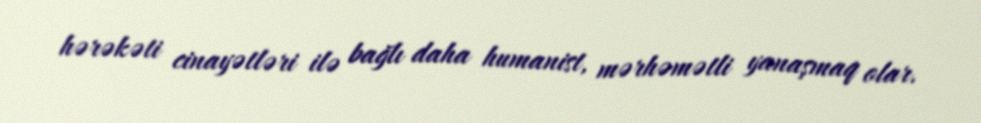
hərəkəti cinayətləri ilə bağlı daha humanist, mərhəmətli yanaşmaq olar.